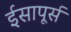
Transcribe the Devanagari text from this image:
ईसापूर्स